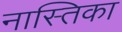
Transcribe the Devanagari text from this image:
नास्तिका